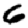
Digit: 6